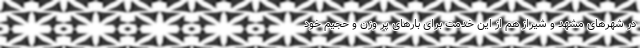
در شهرهای مشهد و شیراز هم از این خدمت برای بارهای پر وزن و حجیم خود